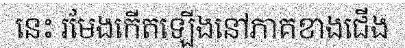
នេះ រមែងកើតឡើងនៅភាគខាងជើង